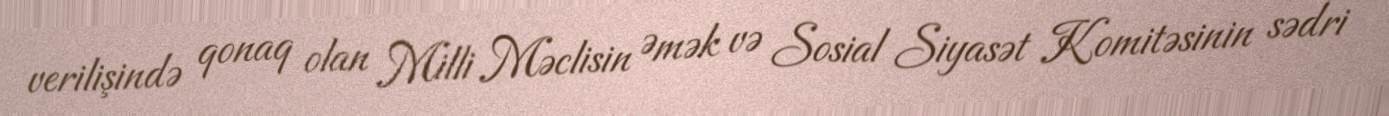
verilişində qonaq olan Milli Məclisin Əmək və Sosial Siyasət Komitəsinin sədri